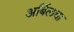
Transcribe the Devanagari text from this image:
अर्बिलचा